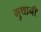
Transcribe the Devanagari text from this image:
गुथानी